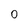
Character: 0